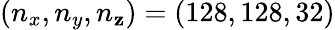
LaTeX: (n_{x},n_{y},n_{\mathbf{z}})=(128,128,32)